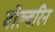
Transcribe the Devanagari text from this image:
वोल्वरिन